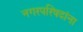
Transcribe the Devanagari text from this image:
नगरपरिषदांना